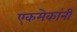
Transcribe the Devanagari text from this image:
एकमेकांनी